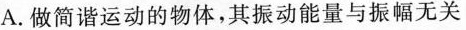
A.做简谐运动的物体，其振动能量与振幅无关